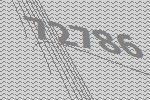
72786